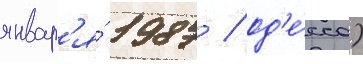
январ'я́ 1987 / од'е́сса)